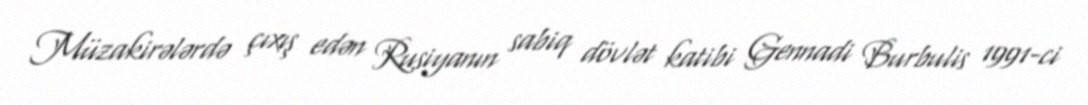
Müzakirələrdə çıxış edən Rusiyanın sabiq dövlət katibi Gennadi Burbulis 1991-ci